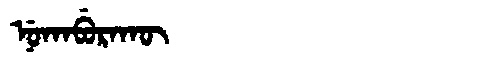
Manchu: ᠨᡠᡴᠠᠪᡠᡵᠠᡴᡡ
Romanization: NUKABURAKŪ